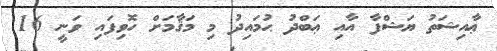
ޢާއިޝަތު ޔަޝްފާ އާއި ޢަބްދު ޙުމައިދު މި މަޤާމަށް ހޮވިފައި ވަނީ 16